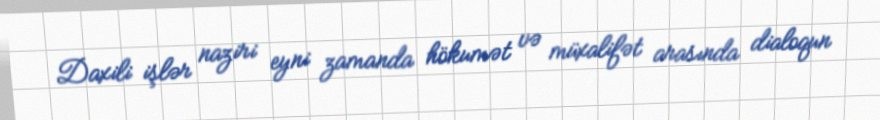
Daxili işlər naziri eyni zamanda hökumət və müxalifət arasında dialoqun